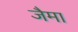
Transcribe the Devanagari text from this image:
जैमा